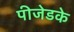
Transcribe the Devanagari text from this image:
पीजेडके